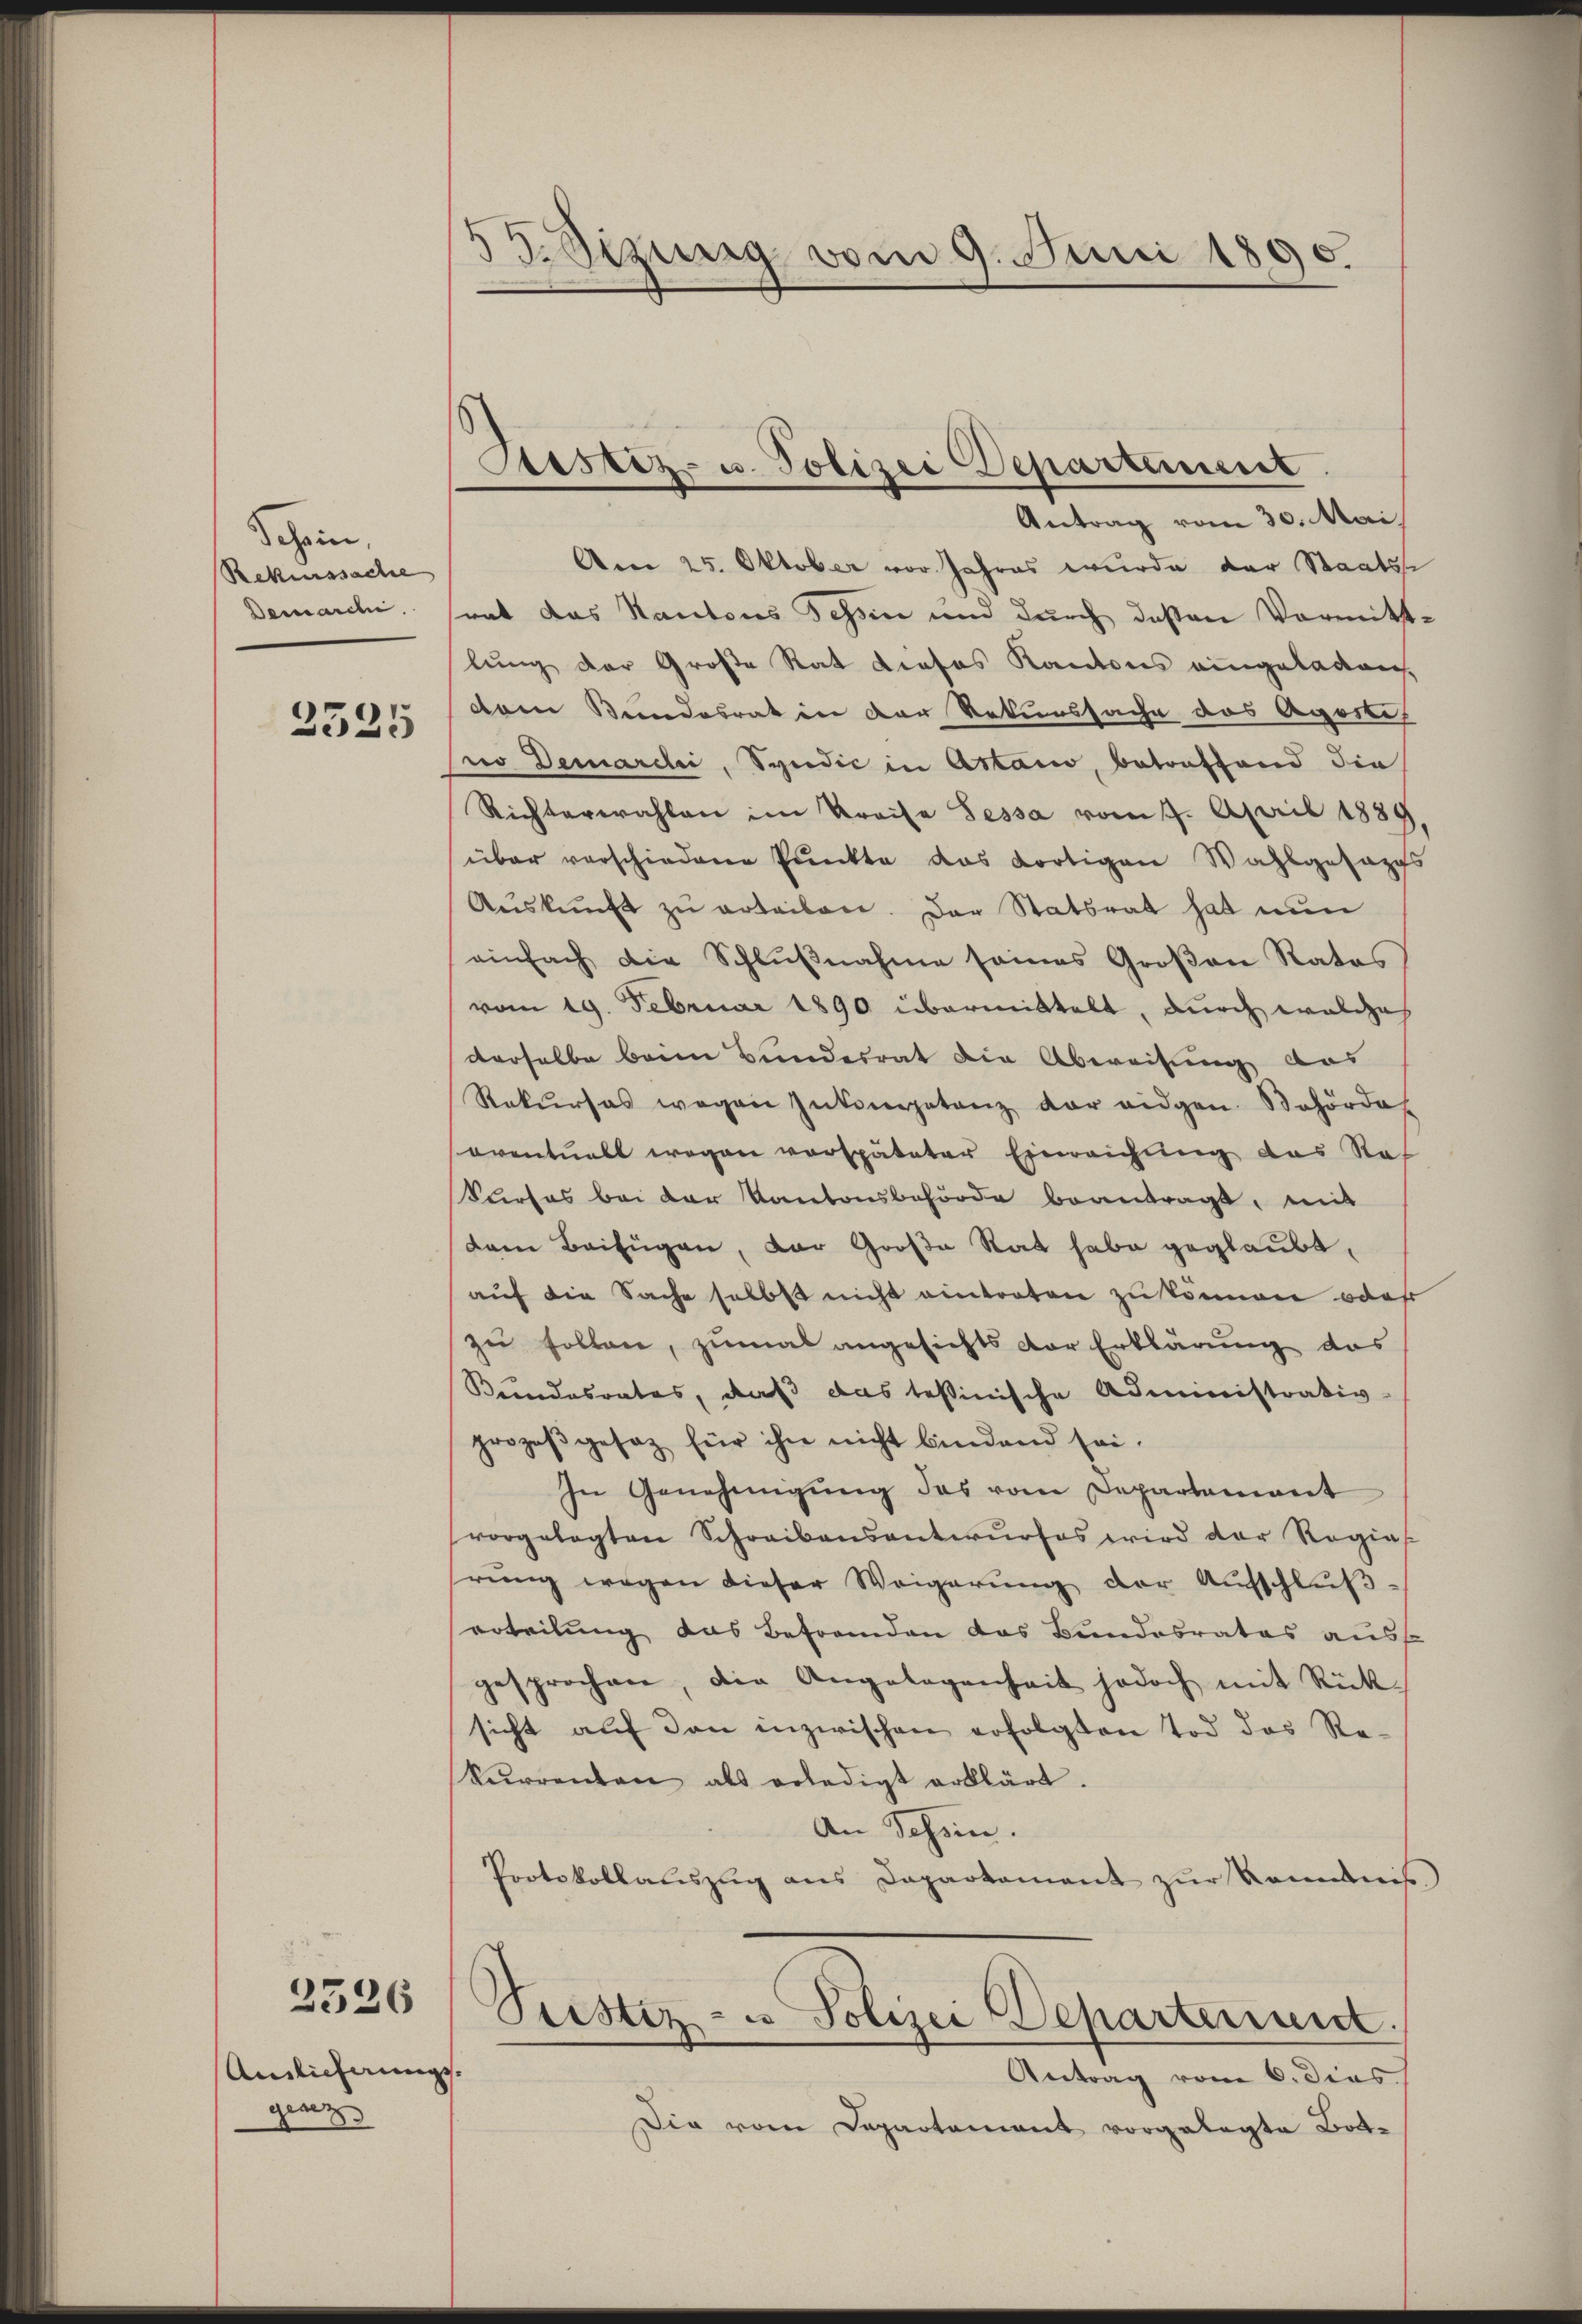
Schein,
Rekurssache
Demarchi

2525

2526

Anlicherungsgenz

53. Sizung vom 9. Juni 1890.

Atistiz- u. Polizei Departement

Antrag vom 30. Mai,
Am 25. Oktober vor Jahres wurde der Staatsse
rat das Kantons Tessin und durch deßen Vormittlung der Große Rat Profes Kantons eingeladen,
dem Bundesrat in der Rekurssache das Aposte
no Demarcii, Syndic in Astaio, betreffend die
Richterwahlen im Kreise Fessa vom 4. April 1889
über verschiedene Punkte das dortigen Wahlgefangs
Aŭskŭnft zŭ erteilen. Der Statsrat hat nun
einfach die Schlŭβnahme seines Groβen Rates
vom 19. Februar 1890 übermittelt, durch welches
derselbe beim Bundesrat die Abweisung das
Rekŭrses wegen Inkompetenz der eidgen. Behörde
oventuell wegen verspäteter Einreichung das Raf
Surses bei der Kantonsbehörde beantragt, mit
dem Beifügen, der Große Rat habe geglaubt,
auf die Sache selbst nicht eintraten zu können oder
zu follen, zumal angesichts der Erklärung das
Keindesrates, daß das tessinische Administrativ-
prozeβgesez für ihn nicht bindend sei.
In Genehmigŭng des vom Departement
vorgelegten Schreibensantwŭrfes wird der Regias
rung wegen dieser Weigerung der Aufschlußerteilung das Befrenden das Bundesrates ausf
gesprochen, die Angelegenheit jedoch mit Rück-
sicht auf den inzwischen erfolgten Tod das Re-
kŭrrenten als erledigt erklärt.
An Tessin.
Protokollauszug aus Departament zur Kenntnis
Seester- u Polizei Departenant.
Antrag vom 6. dies
Die vom Departement vorgelegte Bott¬